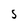
Character: S